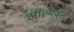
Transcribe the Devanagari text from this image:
आत्मवंत